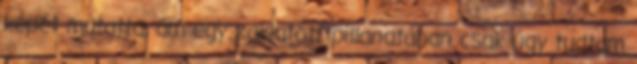
képét mutatta, ám egy zaklatott pillanatában csak úgy tudtam